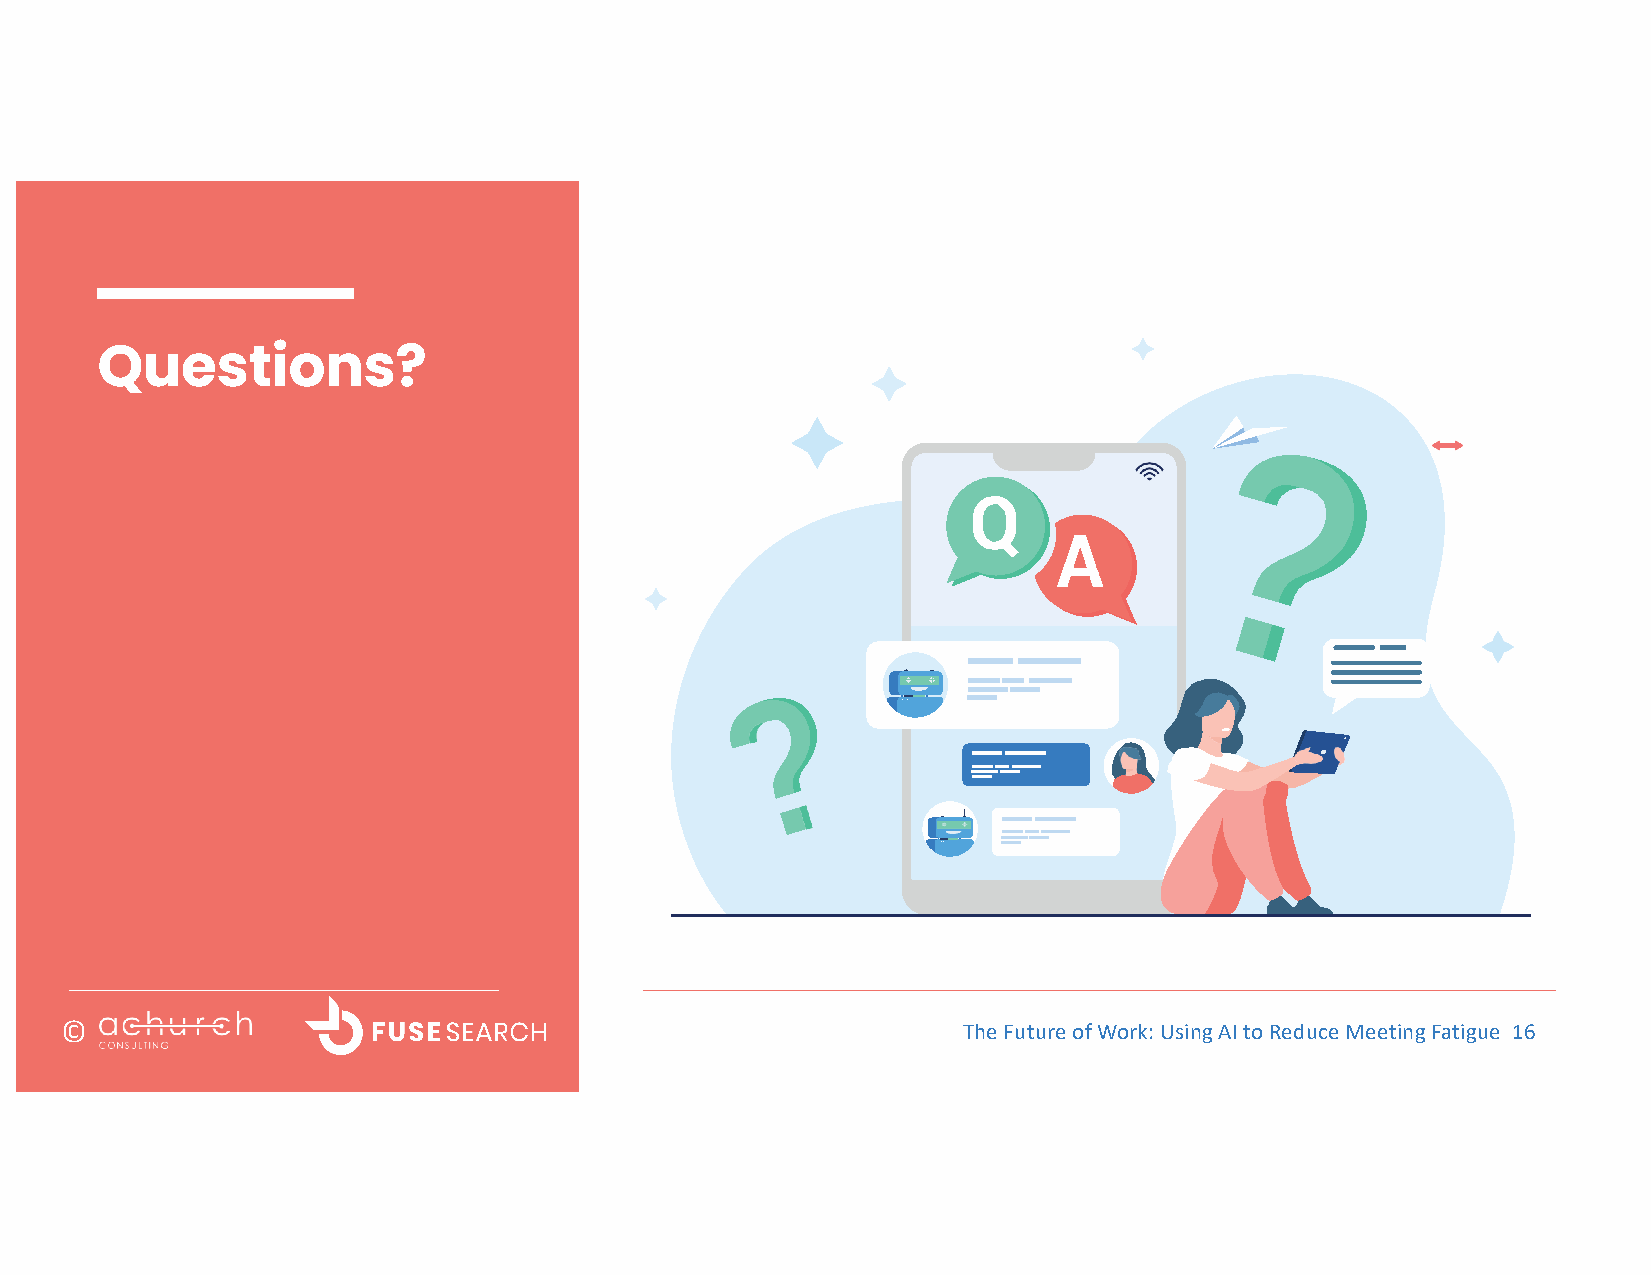
Questions?
 ©                                                           The Future of Work: Using AI to Reduce Meeting Fatigue 16